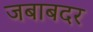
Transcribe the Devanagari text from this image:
जबाबदर